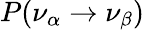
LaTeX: P(\nu_{\alpha}\rightarrow\nu_{\beta})